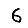
Digit: 6